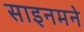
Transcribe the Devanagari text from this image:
साइनमने